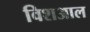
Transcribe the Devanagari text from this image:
विशआल